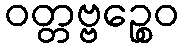
ဝတ္တဗ္ဗဉ္စေဝ